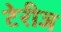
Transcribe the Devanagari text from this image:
टेरीज